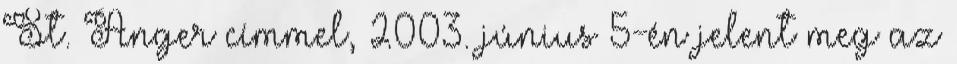
St. Anger címmel, 2003. június 5-én jelent meg az